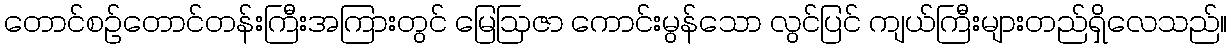
တောင်စဉ်တောင်တန်းကြီးအကြားတွင် မြေဩဇာ ကောင်းမွန်သော လွင်ပြင် ကျယ်ကြီးများတည်ရှိလေသည်။